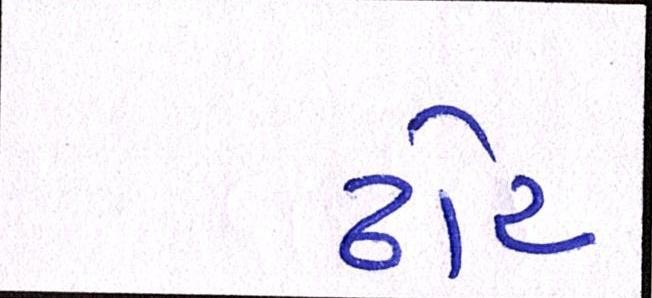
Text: ઢોર